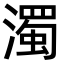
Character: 濁